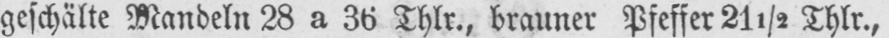
geschälte Mandeln 28 a 36 Thlr., brauner Pfeffer 21½ Thlr.,